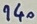
Text: 140